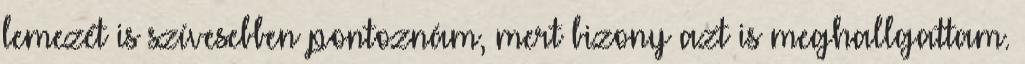
lemezét is szívesebben pontoznám, mert bizony azt is meghallgattam.